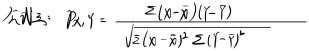
$\widehat{\rho}_{X Y}=\frac{\sum(X-\bar{X})(Y-\bar{Y})}{\sqrt{\sum(X-\bar{X})^{2} \sum(Y-\bar{Y})^{2}}}$